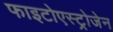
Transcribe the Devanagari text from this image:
फाइटोएस्ट्रोजेन